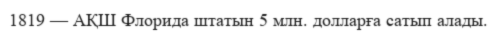
1819 — АҚШ Флорида штатын 5 млн. долларға сатып алады.